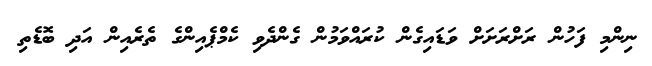
ނިންމި ފަހުން ރަށްރަށަށް ވަޑައިގެން ކުރައްވަމުން ގެންދެވި ކެމްޕެއިންގެ ތެރެއިން އަދި ބޮޑެތި